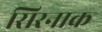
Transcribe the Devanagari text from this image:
सिरनाक